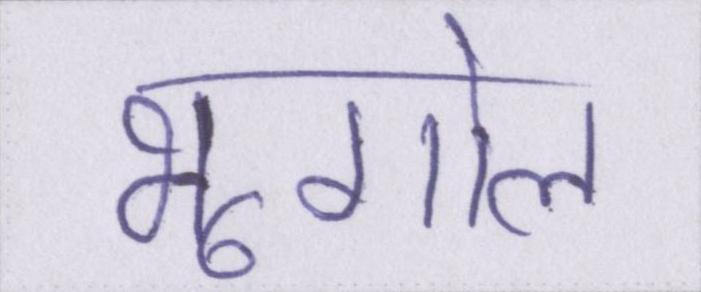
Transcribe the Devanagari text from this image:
भूगोल